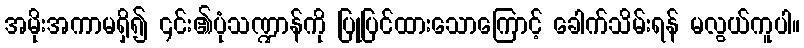
အမိုးအကာမရှိ၍ ၎င်း၏ပုံသဏ္ဍာန်ကို ပြုပြင်ထားသောကြောင့် ခေါက်သိမ်းရန် မလွယ်ကူပါ။